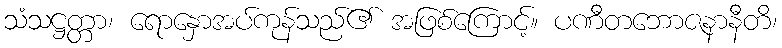
သံသဋ္ဌတ္တာ၊ ရောနှောအပ်ကုန်သည်၏ အဖြစ်ကြောင့်။ ပဏီတဘောဇနာနီတိ၊